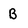
Character: B